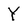
Character: Y